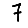
Digit: 7